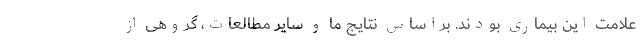
علامت این بیماری بودند. براساس نتایج ما و سایر مطالعات، گروهی از